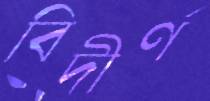
বিদীর্ণ